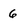
Character: 6